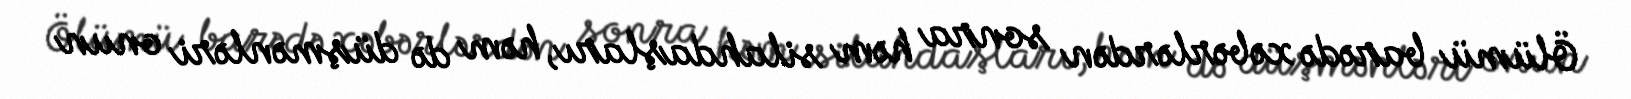
Ölümü barədə xəbərlərdən sonra həm silahdaşları, həm də düşmənləri onun